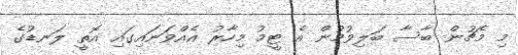
މި މެޗުން ބާސާ ބަލިވުމުން އެ ޓީމު މިހާރު އެއްވަނައިގައި އޮތީ ލަނޑުގެ